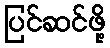
ပြင်ဆင်ဖို့